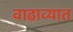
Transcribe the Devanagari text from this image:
वाढाव्यात